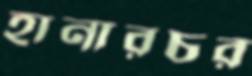
হানারচর